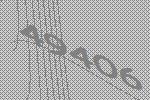
49406